Lunatic asylums in Bengal annual reports 1888-1898 - 1888-1898
Year: 1888
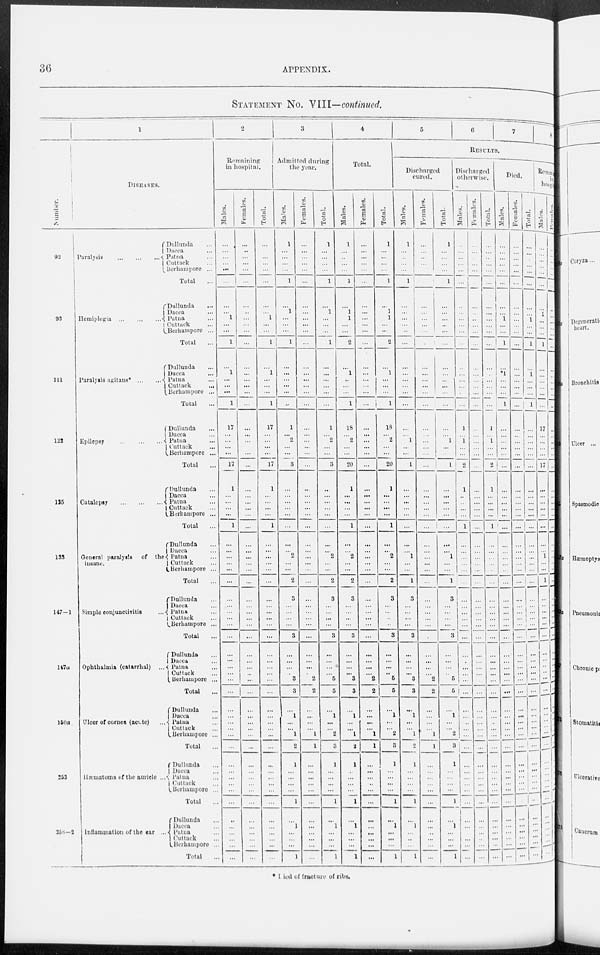
36
APPENDIX.
STATEMENT No. VIII—continued.
1
Number.
92
93
111
122
135
135
147—1
147a
150a
253
258—2
DISEASES.
Paralysis
...
...
...
Dullunda ...
Dacca ...
Patna ...
Cuttack ...
Berhampore ...
Total ...
Hemiplegia
...
...
...
Dullunda ...
Dacca ...
Patna ...
Cuttack ...
Berhampore ...
Total ...
Paralysis agitans*
...
...
Dullunda ...
Dacca ...
Patna ...
Cuttack ...
Berhampore ...
Total ...
Epilepsy
...
...
...
Dullunda ...
Dacca ...
Patna ...
Cuttack ...
Berhampore ...
Total ...
Catalepsy
...
...
...
Dullunda ...
Dacca ...
Patna ...
Cuttack ...
Berhampore ...
Total ...
General paralysis
of the
insane.
Dullunda ...
Dacca ...
Patna ...
Cuttack ...
Berhampore ...
Total ...
Simple conjunctivitis ...
Dullunda ...
Dacca ...
Patna ...
Cuttack ...
Berhampore ...
Total ...
Ophthalmia (catarrhal) ...
Dullunda ...
Dacca ...
Putna ...
Cuttack ...
Berhampore ...
Total ...
Ulcer of cornea (acute) ...
Dullunda ...
Dacca ...
Patna ...
Cuttack ...
Berhampore ...
Total ...
Hæmatoma of the auricle ...
Dullunda ...
Dacca ...
Patna ...
Cuttack ...
Berhampore...
Total ...
Inflammation of the ear ...
Dullunda...
Dacca...
Patna...
Cuttack...
Berhampore ...
Total ...
2
Remaining
in hospital.
Males.
...
...
...
...
...
...
...
...
1
...
...
1
...
1
...
...
...
1
17
...
...
...
...
17
1
...
...
...
...
1
...
...
...
...
...
...
...
...
...
...
...
...
...
...
...
...
...
...
...
...
...
...
...
...
...
...
...
...
...
...
...
...
...
...
...
...
Females.
...
...
...
...
...
...
...
...
...
...
...
...
...
...
...
...
...
...
...
...
...
...
...
...
...
...
...
...
...
...
...
...
...
...
...
...
...
...
...
...
...
...
...
...
...
...
...
...
...
...
...
...
...
...
...
...
...
...
...
...
...
...
...
...
...
...
Total.
...
...
...
...
...
...
...
...
1
...
...
1
...
1
...
...
...
1
17
...
...
...
...
17
1
...
..
...
...
1
...
...
...
...
...
...
...
...
...
...
...
...
...
...
...
...
...
...
...
...
...
...
...
...
...
...
... ...
...
...
...
...
...
...
...
...
3
Admitted during
the year.
Males.
1
...
...
...
...
1
...
1
...
...
...
1
...
...
...
...
...
...
1
...
2
... ...
3
...
...
...
...
...
...
...
...
2
...
...
2
3
...
...
...
...
3
...
...
...
...
3
3
...
1
...
...
1
2
1
...
... ...
...
1
...
1
...
...
...
1
Females.
...
...
...
...
...
...
...
...
...
...
...
...
...
...
...
...
...
...
...
...
...
...
...
...
...
...
...
...
...
...
...
...
...
...
...
...
...
...
...
...
...
...
...
...
...
...
2
2
...
...
...
...
1
1
...
...
...
...
...
...
...
...
...
...
...
...
Total.
1
...
...
...
...
1
...
1
...
...
...
1
...
...
...
...
...
...
1
...
2
...
...
3
...
...
...
...
...
...
...
...
2
...
...
2
3
...
...
...
...
3
...
...
...
...
5
5
...
1
...
...
2
3
1
...
...
...
...
1
...
1
...
...
...
1
4
Total.
Males.
1
...
...
...
...
1
...
1
1
...
...
2
...
1
...
...
...
1
18
...
2
...
...
20
1
...
...
...
...
1
...
...
2
...
...
2
3
...
...
...
...
3
...
...
...
...
3
3
...
1
...
...
1
2
1
...
...
...
...
1
...
1
...
...
...
1
Females.
...
...
...
...
...
...
...
...
...
...
...
...
...
...
...
...
...
...
...
...
...
...
...
...
...
...
...
...
...
...
...
...
...
...
...
...
...
...
...
...
...
...
...
...
...
...
2
2
...
...
...
...
1
1
...
...
...
...
...
...
...
...
...
...
...
...
Total.
1
...
...
...
...
1
...
1
1
...
...
2
...
1
...
...
...
1
18
...
2
...
...
20
1
...
...
...
...
1
...
...
2
...
...
2
3
...
...
...
...
3
...
...
...
..
5
5
...
1
...
...
2
3
1
...
...
...
...
1
...
1
...
...
...
1
5
6
7
8
RESULTS.
Discharged
cured.
Males.
1
...
...
...
...
1
...
...
...
...
...
...
...
...
...
...
...
...
...
...
1
...
...
1
...
...
...
...
...
...
...
...
1
...
...
1
3
...
...
...
...
3
...
...
...
...
3
3
...
1
...
...
1
2
1
...
...
...
...
1
...
1
...
...
...
1
Females.
...
...
...
...
...
...
...
...
... ...
...
...
...
...
...
...
...
...
...
...
...
...
...
...
...
...
...
...
...
...
...
...
...
...
...
...
...
...
...
...
...
...
...
...
...
...
2
2
...
...
...
...
1
1
...
...
...
...
...
...
...
...
...
...
...
...
Total.
1
...
...
...
...
1
...
...
...
..
...
...
...
...
...
...
...
...
...
...
1
...
...
1
...
...
...
...
...
...
...
...
1
...
...
1
3
...
...
...
...
3
...
...
...
...
5
5
...
1
...
...
2
3
1
...
...
...
...
1
...
1
...
...
...
1
Discharged
otherwise.
Males.
...
...
...
...
...
...
...
...
...
...
...
...
...
...
...
...
...
...
1
...
1
...
...
2
1
...
...
...
...
1
...
...
...
...
...
...
...
...
...
...
...
...
...
...
...
...
...
...
...
...
...
...
...
...
...
...
... ...
...
...
...
...
...
...
...
...
Females.
...
...
...
...
...
...
...
...
...
...
...
...
...
...
...
...
...
...
...
...
...
...
...
...
...
...
...
...
...
...
...
...
...
...
...
..
...
...
...
...
...
...
...
...
...
...
...
...
...
...
...
...
...
...
...
...
...
...
...
...
...
...
...
...
...
...
Total.
...
...
...
...
...
...
...
...
...
...
...
...
...
...
...
...
...
...
1
...
1
...
...
2
1
...
...
...
...
1
...
...
...
...
...
...
...
...
...
...
...
...
...
...
...
...
...
...
...
...
...
...
...
...
...
...
...
...
...
...
...
...
...
...
...
...
Died.
Males.
...
...
...
...
...
...
...
...
1
...
...
1
...
*1
...
...
...
1
...
...
...
...
...
...
1
...
...
...
...
...
...
...
...
...
...
...
...
...
...
...
...
...
...
...
...
...
...
...
...
...
...
...
...
...
...
...
...
...
...
...
...
...
...
...
...
...
Females.
...
...
...
...
...
...
...
...
...
...
...
...
...
...
...
...
...
...
...
...
...
...
...
...
...
...
...
...
...
...
...
...
...
...
...
...
...
...
...
...
...
...
...
...
...
...
...
...
...
...
...
...
...
...
...
...
...
...
...
...
...
...
...
...
...
...
Total.
...
...
...
...
...
...
...
...
1
...
...
1
...
1
...
...
...
1
...
... ...
...
...
...
...
...
...
...
...
...
...
...
..
...
...
...
...
...
...
...
...
...
...
...
...
...
...
...
...
...
...
...
...
...
...
...
... ...
...
...
...
...
...
...
...
...
Remaining in
Hospital
Males.
...
...
...
...
...
...
...
1
...
...
...
1
...
...
...
...
...
...
17
...
...
...
...
17
...
...
...
...
...
...
...
...
1
...
...
1
...
...
...
...
...
...
...
...
...
...
...
...
...
...
...
...
...
...
...
...
...
...
...
...
...
...
...
...
...
...
Females.
...
...
...
...
...
...
...
...
...
...
...
...
...
...
...
...
...
...
...
...
...
...
...
...
...
...
...
...
...
...
...
...
...
...
...
...
...
...
...
...
...
...
...
...
...
...
...
...
...
...
...
...
...
...
...
...
... ...
...
...
...
...
...
...
...
...
* Died of fracture of ribs.